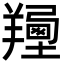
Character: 𦏍